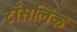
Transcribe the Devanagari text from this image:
टॉसलिंक